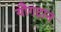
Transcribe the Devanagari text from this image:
यौगदान